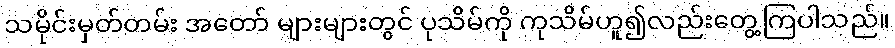
သမိုင်းမှတ်တမ်း အတော် များများတွင် ပုသိမ်ကို ကုသိမ်ဟူ၍လည်းတွေ့ကြပါသည်။